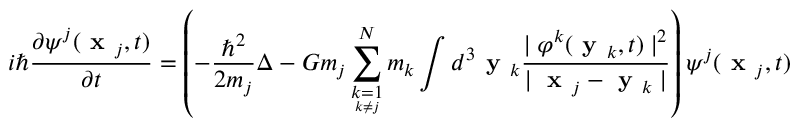
i \hbar \frac { \partial \psi ^ { j } ( \textbf { x } _ { j } , t ) } { \partial t } = \left( - \frac { \hbar ^ { 2 } } { 2 m _ { j } } \Delta - G m _ { j } \sum _ { \underset { k \neq j } { k = 1 } } ^ { N } m _ { k } \int d ^ { 3 } \textbf { y } _ { k } \frac { \mid \varphi ^ { k } ( \textbf { y } _ { k } , t ) \mid ^ { 2 } } { \mid \textbf { x } _ { j } - \textbf { y } _ { k } \mid } \right) \psi ^ { j } ( \textbf { x } _ { j } , t )